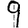
Digit: 9